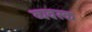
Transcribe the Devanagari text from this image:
व्यवस्क